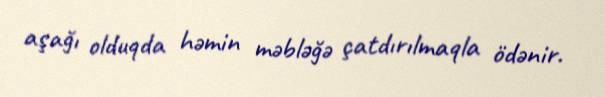
aşağı olduqda həmin məbləğə çatdırılmaqla ödənir.